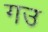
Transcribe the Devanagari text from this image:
गउ